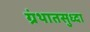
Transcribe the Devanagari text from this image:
ग्रंथातसुध्दा